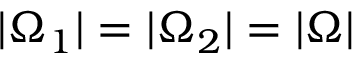
| \Omega _ { 1 } | = | \Omega _ { 2 } | = | \Omega |